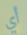
أي